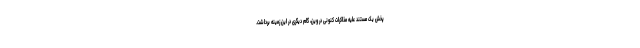
پخش یک مستند علیه مذاکرات کنونی در وین، گام دیگری در این زمینه برداشت.